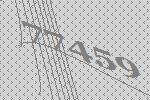
77459